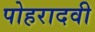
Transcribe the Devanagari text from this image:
पोहरादवी